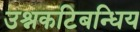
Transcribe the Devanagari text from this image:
उश्नकटिबन्धिय